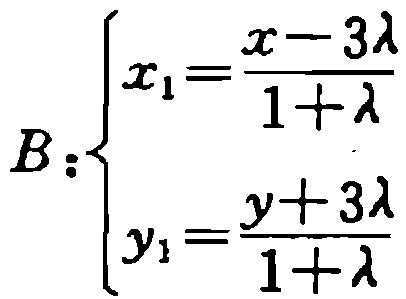
\[

B:\left\{

\begin{array}{l}

x_1 = \frac{x - 3\lambda}{1 + \lambda}\\

y_1 = \frac{y + 3\lambda}{1 + \lambda}

\end{array}

\right.

\]